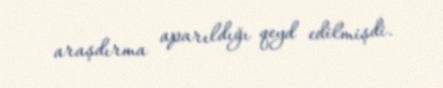
araşdırma aparıldığı qeyd edilmişdi.